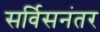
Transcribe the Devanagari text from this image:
सर्विसनंतर